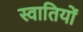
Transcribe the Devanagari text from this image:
स्वातियों